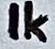
Text: 1K